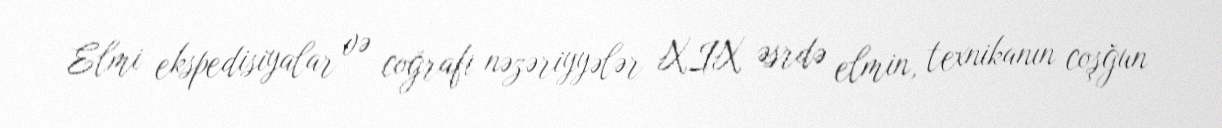
Elmi ekspedisiyalar və coğrafi nəzəriyyələr XIX əsrdə elmin, texnikanın coşğun